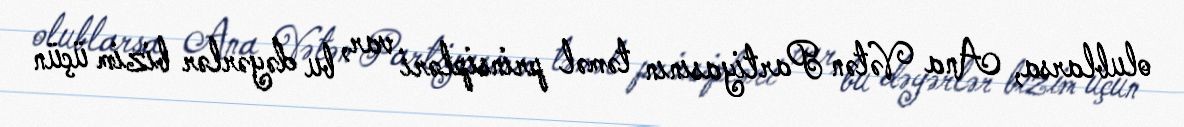
olublarsa, Ana Vətən Partiyasının təməl prinsipləri var, bu dəyərlər bizim üçün